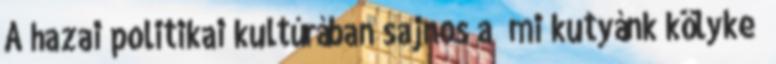
A hazai politikai kultúrában sajnos a „mi kutyánk kölyke”